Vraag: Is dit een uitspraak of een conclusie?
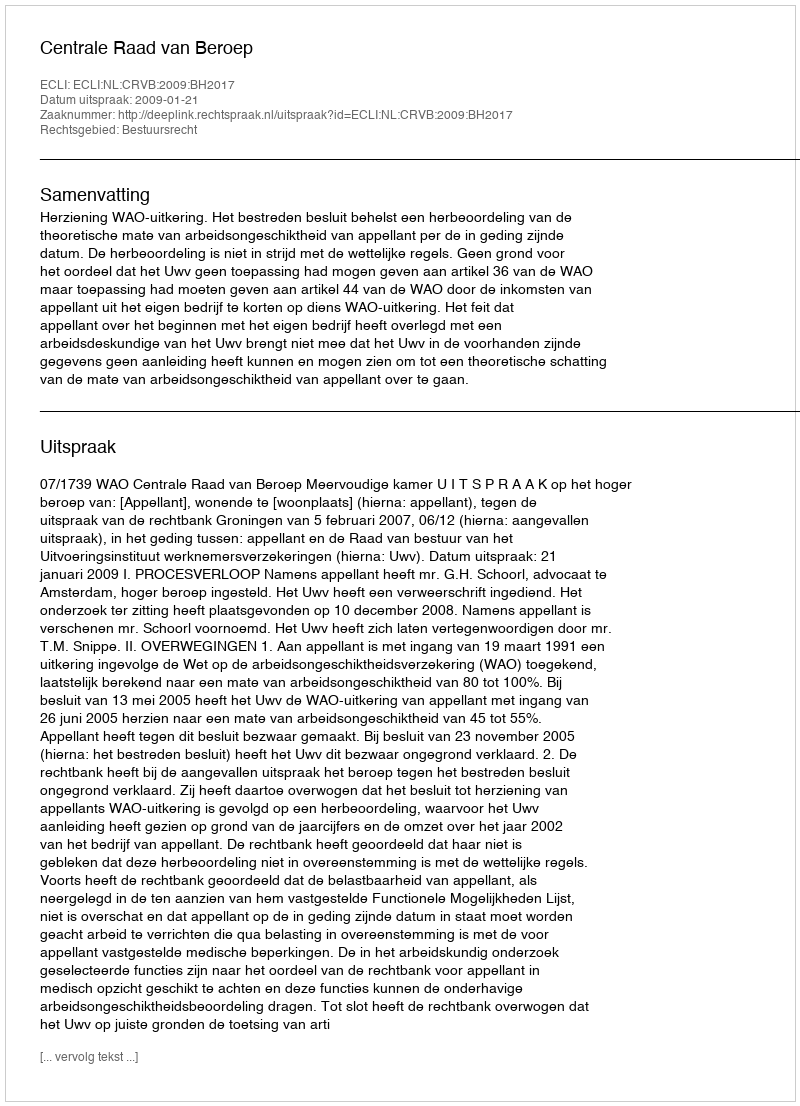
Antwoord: Uitspraak